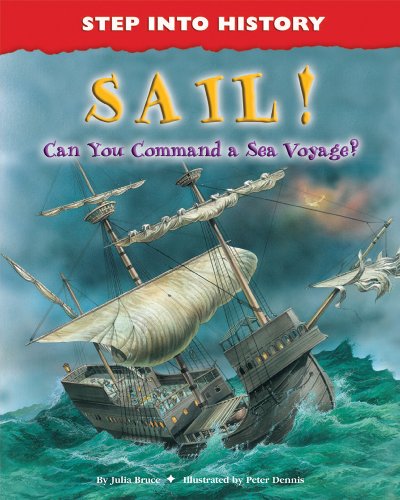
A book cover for Sail!: Can You Command a Sea Voyage? (Step Into History); Julia Bruce; Children's Books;